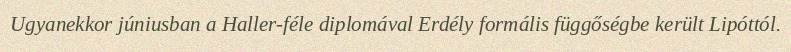
Ugyanekkor júniusban a Haller-féle diplomával Erdély formális függőségbe került Lipóttól.